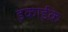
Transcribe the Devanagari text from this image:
इकाईके